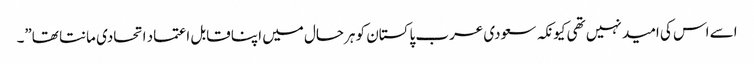
اسے اس کی امید نہیں تھی کیونکہ سعودی عرب پاکستان کو ہرحال میں اپنا قابل اعتماد اتحادی مانتا تھا”۔